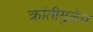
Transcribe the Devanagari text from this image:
क्रांतीमुळेच